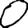
Digit: 0